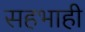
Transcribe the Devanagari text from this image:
सहभाही